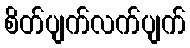
စိတ်ပျက်လက်ပျက်